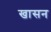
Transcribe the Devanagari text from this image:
खासन